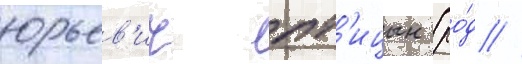
юрьев'ич пт'ицын (ро́д //